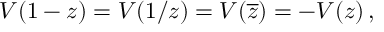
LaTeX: { \cal V } ( 1 - z ) = { \cal V } ( 1 / z ) = { \cal V } ( \overline { { { z } } } ) = - V ( z ) \, ,